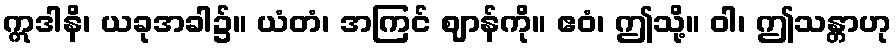
ဣဒါနိ၊ ယခုအခါ၌။ ယံတံ၊ အကြင် ဈာန်ကို။ ဧဝံ၊ ဤသို့။ ဝါ၊ ဤသန္တာဟု